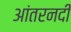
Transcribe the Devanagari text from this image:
आंतरनदी